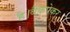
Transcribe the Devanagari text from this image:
है।बैकपेकर